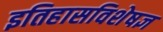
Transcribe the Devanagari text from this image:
इतिहासविशेषज्ञ